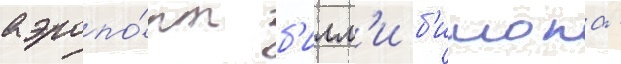
аэропо́рт б'илл'и б'ишопа -